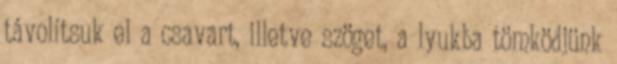
távolítsuk el a csavart, illetve szöget, a lyukba tömködjünk